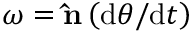
{ \boldsymbol { \omega } } = \mathbf { \hat { n } } \left( \mathrm { d } \theta / \mathrm { d } t \right)